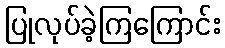
ပြုလုပ်ခဲ့ကြကြောင်း